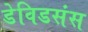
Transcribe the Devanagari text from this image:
डेविडसंस